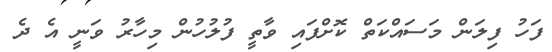
ފަހު ފިލަން މަސައްކަތް ކޮށްފައި ވާތީ ފުލުހުން މިހާރު ވަނީ އެ ދެ